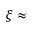
\xi \approx